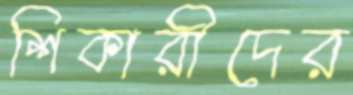
শিকারীদের